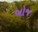
બોજ